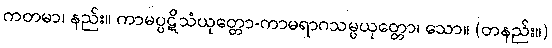
ကတမာ၊ နည်း။ ကာမပ္ပဋိသံယုတ္တော-ကာမရာဂသမ္ပယုတ္တော၊ သော။ (တနည်း။)